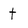
Character: t